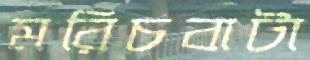
মরিচবাটা